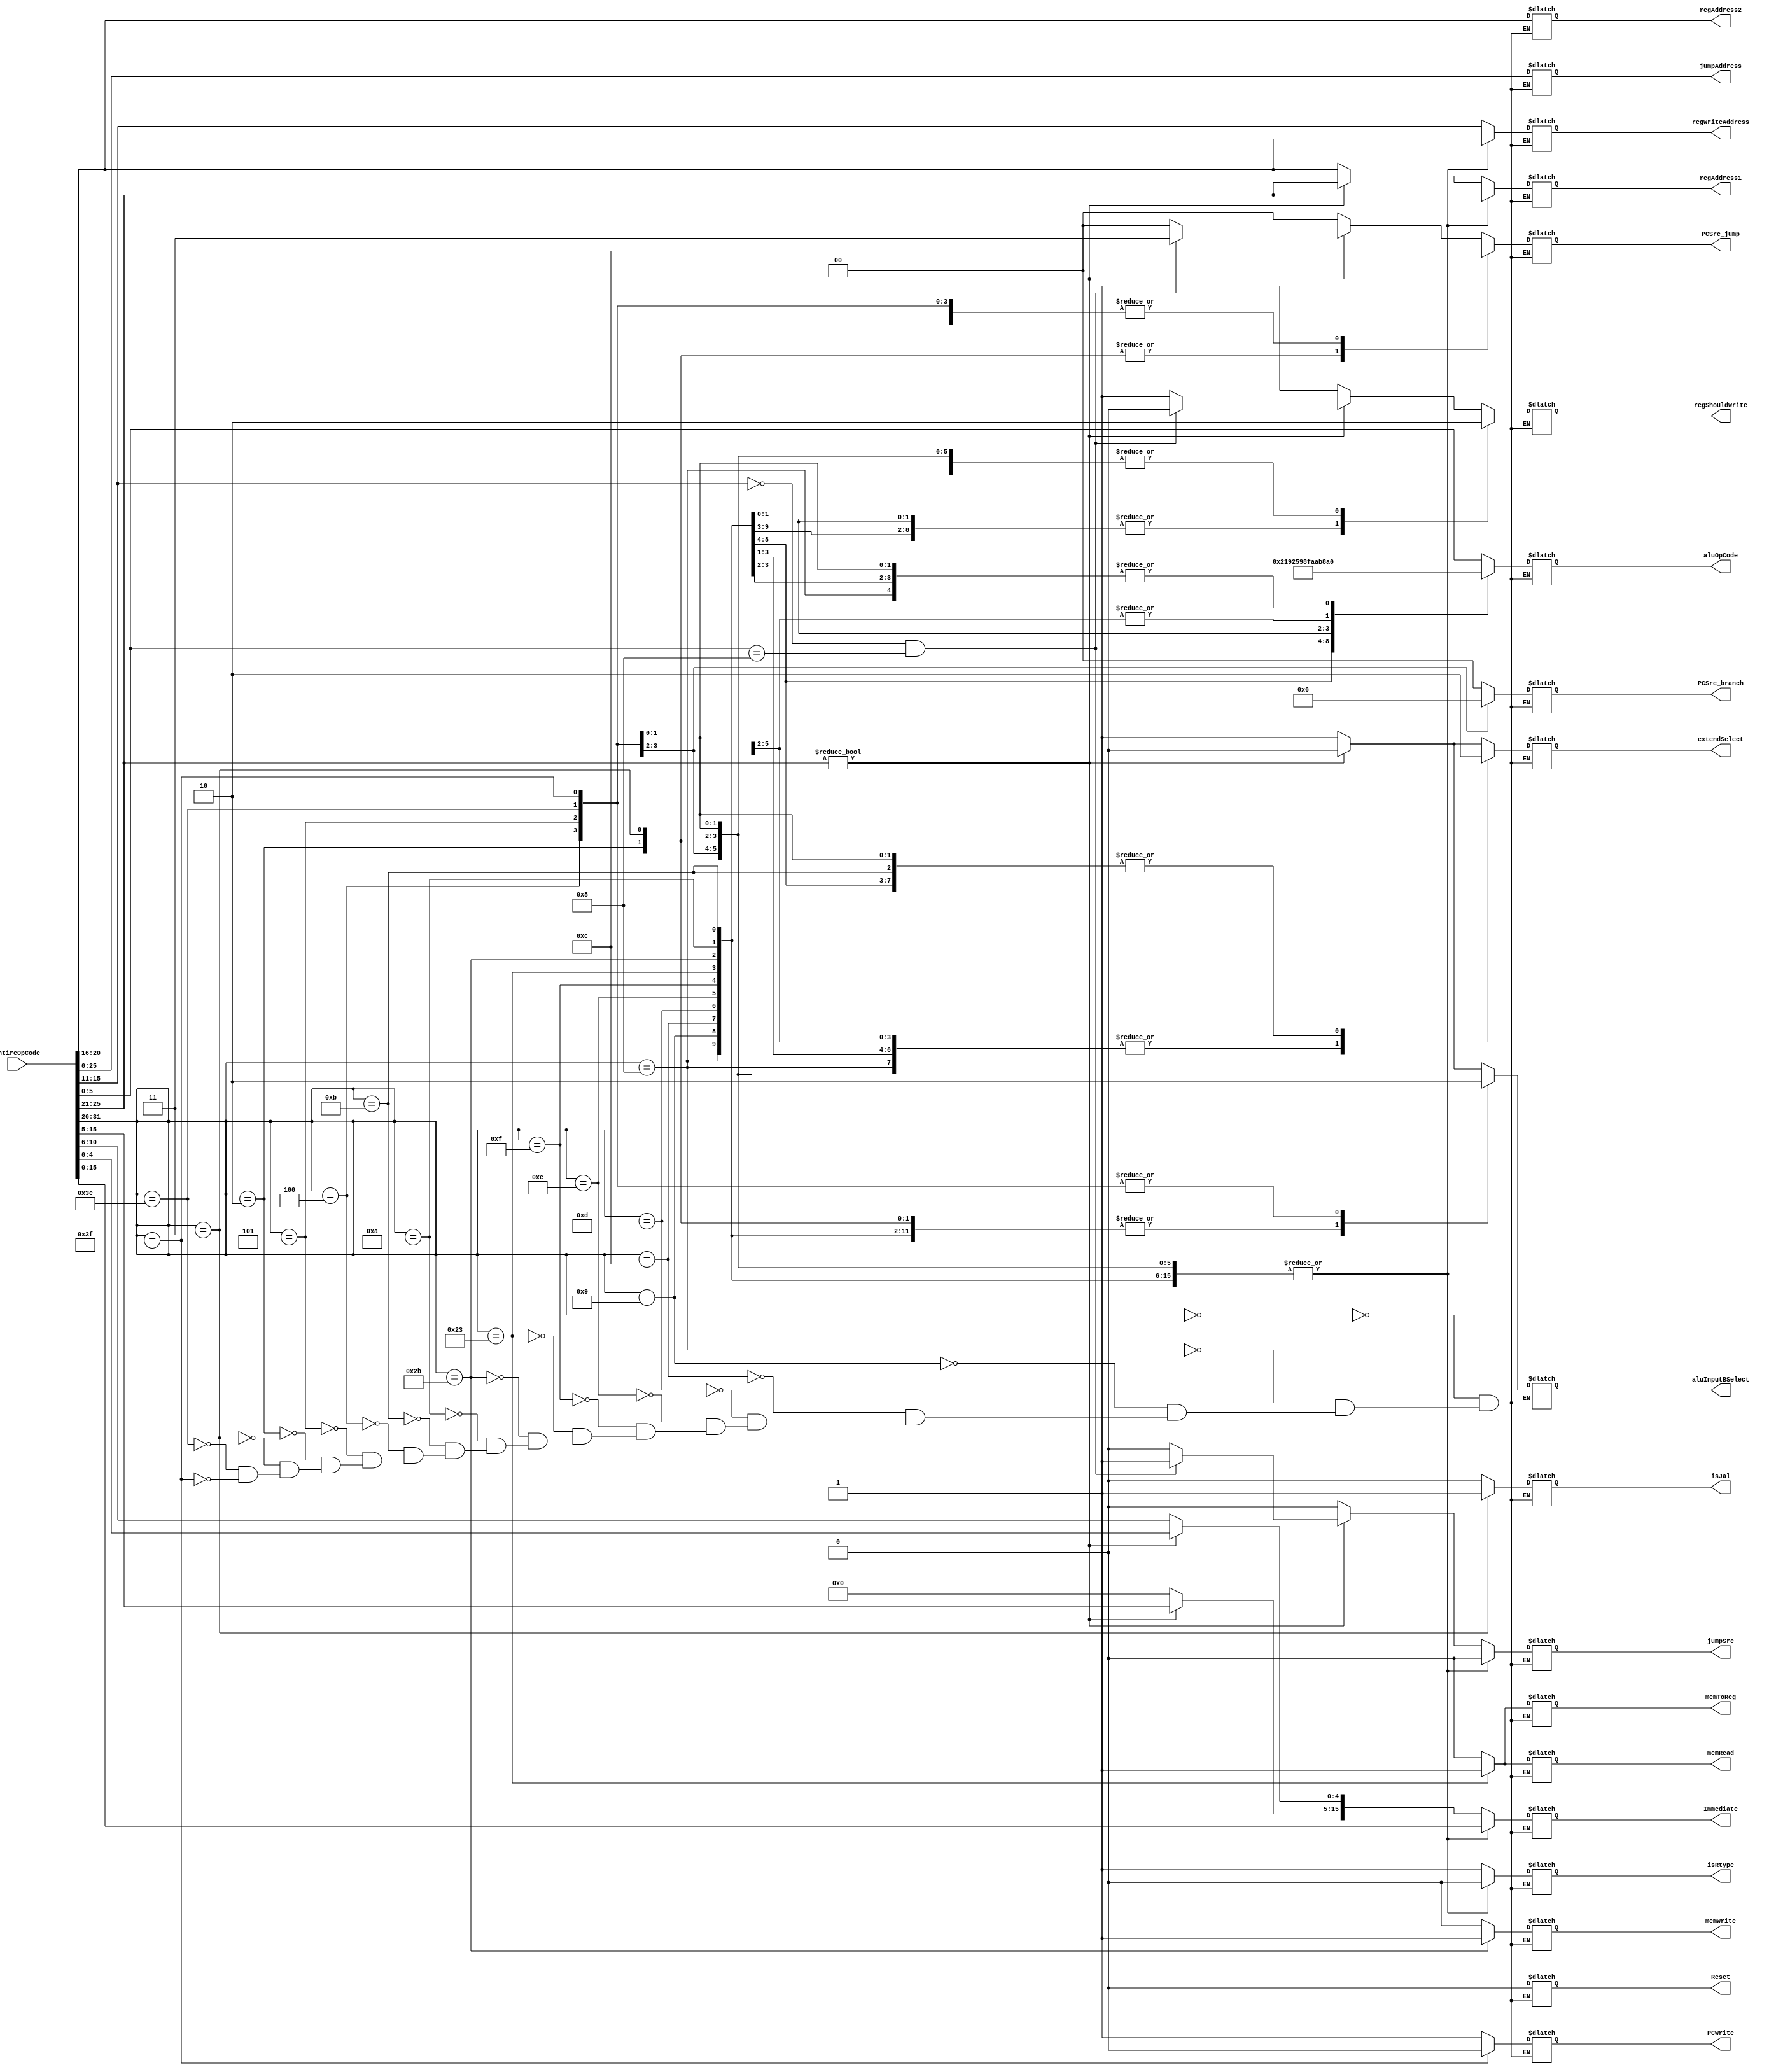
`timescale 1ns / 1ps
//////////////////////////////////////////////////////////////////////////////////
// Company: 
// Engineer: 
// 
// Design Name: 
// Module Name:    ControlUnit 
// Project Name: 
// Target Devices: 
// Tool versions: 
// Description: 
//
// Dependencies: 
//
// Revision: 
// Revision 0.01 - File Created
// Additional Comments: 
//
//////////////////////////////////////////////////////////////////////////////////
module ControlUnit(
    input [32:1] entireOpCode,
    output reg  Reset,PCWrite,
                regShouldWrite,
                aluInputBSelect,
                memWrite,memRead,memToReg,
                extendSelect,
                jumpSrc,isRtype,isJal,
    output reg [5:1]    regAddress1,regAddress2,regWriteAddress,
    output reg [6:1]    aluOpCode,
    output reg [16:1]   Immediate,
                        
    output reg [26:1]   jumpAddress,
    output reg [2:1]    PCSrc_jump,PCSrc_branch
    );

    parameter
        R_Type = 6'b000000,

        addi = 6'b001000,
        addiu = 6'b001001,
        andi = 6'b001100,
        ori = 6'b001101,
        xori = 6'b001110,
        lui = 6'b001111,
        slti = 6'b001010,
        sltiu = 6'b001011,


        beq = 6'b000100,
        bne = 6'b000101,
        j = 6'b000010,
        jal = 6'b000011,

        lw = 6'b100011,
        sw = 6'b101011,

        nop = 6'b111110,
        stop = 6'b111111
    ;


    //To R_Type:If the addresses of $ rs and $ rt are the same, and the previous or the first two are addi, the address assigned by addi is the same as $ rs, then add 2 or 1 nop instruction before ADD (corresponding to the previous)
    always @(entireOpCode)begin
        case(entireOpCode[32:27])
            R_Type:begin
            if(entireOpCode[26:22]!=0)begin
                if(entireOpCode[16:12]==0&&entireOpCode[6:1]==6'b001000)begin //jr
                Reset = 0;
                isRtype = 1;
                isJal = 0;
                PCWrite = 1;
                PCSrc_jump = 2'b11;//PCSrc_jump_jump
                PCSrc_branch = 2'b00;

                regShouldWrite = 0;
                regAddress1 = entireOpCode[26:22];
                regAddress2 = entireOpCode[21:17];
                regWriteAddress = entireOpCode[16:12];

                aluInputBSelect = 0;
                aluOpCode = entireOpCode[6:1];

                Immediate = entireOpCode[16:1];
                extendSelect = 0;

                jumpAddress = entireOpCode [26:1];
                jumpSrc = 1;

                memWrite = 0;
                memRead = 0;
                memToReg = 0;
                end

                else begin
                Reset = 0;
                isRtype = 1;
                isJal = 0;
                PCWrite = 1;
                PCSrc_jump = 2'b00;
                PCSrc_branch = 2'b00;

                regShouldWrite = 1;
                regAddress1 = entireOpCode[26:22];
                regAddress2 = entireOpCode[21:17];
                regWriteAddress = entireOpCode[16:12];

                aluInputBSelect = 0;
                aluOpCode = entireOpCode[6:1];

                Immediate = entireOpCode[16:1];
                extendSelect = 0;

                jumpAddress = entireOpCode [26:1];
                jumpSrc = 0;

                memWrite = 0;
                memRead = 0;
                memToReg = 0;
                end
            end
            else begin
                Reset = 0;
                isRtype = 1;
                isJal = 0;
                PCWrite = 1;
                PCSrc_jump = 2'b00;
                PCSrc_branch = 2'b00;

                regShouldWrite = 1;
                regAddress1 = entireOpCode[21:17];
                regAddress2 = entireOpCode[21:17];
                regWriteAddress = entireOpCode[16:12];

                aluInputBSelect = 1;
                aluOpCode = entireOpCode[6:1];

                Immediate[16:6] = 11'b0;
                Immediate[5:1] = entireOpCode[11:7];
                extendSelect = 1;

                jumpAddress = entireOpCode [26:1];
                jumpSrc = 0;

                memWrite = 0;
                memRead = 0;
                memToReg = 0;
                end
            end

            addi:begin
                Reset = 0;
                isRtype = 0;
                isJal = 0;
                PCWrite = 1;
                PCSrc_jump = 2'b00;
                PCSrc_branch = 2'b00;

                regShouldWrite = 1;
                regAddress1 = entireOpCode[26:22];
                regAddress2 = entireOpCode[21:17];
                regWriteAddress = entireOpCode[21:17];

                aluInputBSelect = 1;
                aluOpCode = 6'b100000;

                Immediate = entireOpCode[16:1];
                extendSelect = 1;

                jumpAddress = entireOpCode [26:1];
                jumpSrc = 0;

                memWrite = 0;
                memRead = 0;
                memToReg = 0;
            end

            addiu:begin
                Reset = 0;
                isRtype = 0;
                isJal = 0;
                PCWrite = 1;
                PCSrc_jump = 2'b00;
                PCSrc_branch = 2'b00;

                regShouldWrite = 1;
                regAddress1 = entireOpCode[26:22];
                regAddress2 = entireOpCode[21:17];
                regWriteAddress = entireOpCode[21:17];

                aluInputBSelect = 1;
                aluOpCode = 6'b100001;

                Immediate = entireOpCode[16:1];
                extendSelect = 0;

                jumpAddress = entireOpCode [26:1];
                jumpSrc = 0;

                memWrite = 0;
                memRead = 0;
                memToReg = 0;
            end

            andi:begin
                Reset = 0;
                isRtype = 0;
                isJal = 0;
                PCWrite = 1;
                PCSrc_jump = 2'b00;
                PCSrc_branch = 2'b00;

                regShouldWrite = 1;
                regAddress1 = entireOpCode[26:22];
                regAddress2 = entireOpCode[21:17];
                regWriteAddress = entireOpCode[21:17];

                aluInputBSelect = 1;
                aluOpCode = 6'b100100;

                Immediate = entireOpCode[16:1];
                extendSelect = 0;

                jumpAddress = entireOpCode [26:1];
                jumpSrc = 0;

                memWrite = 0;
                memRead = 0;
                memToReg = 0;
            end

            ori:begin
                Reset = 0;
                isRtype = 0;
                isJal = 0;
                PCWrite = 1;
                PCSrc_jump = 2'b00;
                PCSrc_branch = 2'b00;

                regShouldWrite = 1;
                regAddress1 = entireOpCode[26:22];
                regAddress2 = entireOpCode[21:17];
                regWriteAddress = entireOpCode[21:17];

                aluInputBSelect = 1;
                aluOpCode = 6'b100101;

                Immediate = entireOpCode[16:1];
                extendSelect = 0;

                jumpAddress = entireOpCode [26:1];
                jumpSrc = 0;

                memWrite = 0;
                memRead = 0;
                memToReg = 0;
            end

            xori:begin
                Reset = 0;
                isRtype = 0;
                isJal = 0;
                PCWrite = 1;
                PCSrc_jump = 2'b00;
                PCSrc_branch = 2'b00;

                regShouldWrite = 1;
                regAddress1 = entireOpCode[26:22];
                regAddress2 = entireOpCode[21:17];
                regWriteAddress = entireOpCode[21:17];

                aluInputBSelect = 1;
                aluOpCode = 6'b100110;

                Immediate = entireOpCode[16:1];
                extendSelect = 0;

                jumpAddress = entireOpCode [26:1];
                jumpSrc = 0;

                memWrite = 0;
                memRead = 0;
                memToReg = 0;
            end

            lui:begin
                Reset = 0;
                isRtype = 0;
                isJal = 0;
                PCWrite = 1;
                PCSrc_jump = 2'b00;
                PCSrc_branch = 2'b00;

                regShouldWrite = 1;
                regAddress1 = entireOpCode[26:22];
                regAddress2 = entireOpCode[21:17];
                regWriteAddress = entireOpCode[21:17];

                aluInputBSelect = 1;
                aluOpCode = 6'b001111;

                Immediate = entireOpCode[16:1];
                extendSelect = 0;

                jumpAddress = entireOpCode [26:1];
                jumpSrc = 0;

                memWrite = 0;
                memRead = 0;
                memToReg = 0;
            end

            lw:begin
                Reset = 0;
                isRtype = 0;
                isJal = 0;
                PCWrite = 1;
                PCSrc_jump = 2'b00;
                PCSrc_branch = 2'b00;

                regShouldWrite = 1;
                regAddress1 = entireOpCode[26:22];
                regAddress2 = entireOpCode[21:17];
                regWriteAddress = entireOpCode[21:17];

                aluInputBSelect = 1;
                aluOpCode = 6'b100000;

                Immediate = entireOpCode[16:1];
                extendSelect = 1;

                jumpAddress = entireOpCode [26:1];
                jumpSrc = 0;

                memWrite = 0;
                memRead = 1;
                memToReg = 1;
            end

            sw:begin
                Reset = 0;
                isRtype = 0;
                isJal = 0;
                PCWrite = 1;
                PCSrc_jump = 2'b00;
                PCSrc_branch = 2'b00;

                regShouldWrite = 0;
                regAddress1 = entireOpCode[26:22];
                regAddress2 = entireOpCode[21:17];
                regWriteAddress = entireOpCode[21:17];

                aluInputBSelect = 1;
                aluOpCode = 6'b100000;

                Immediate = entireOpCode[16:1];
                extendSelect = 1;

                jumpAddress = entireOpCode [26:1];
                jumpSrc = 0;

                memWrite = 1;
                memRead = 0;
                memToReg = 0;
            end

            slti:begin
                Reset = 0;
                isRtype = 0;
                isJal = 0;
                PCWrite = 1;
                PCSrc_jump = 2'b00;
                PCSrc_branch = 2'b00;

                regShouldWrite = 1;
                regAddress1 = entireOpCode[26:22];
                regAddress2 = entireOpCode[21:17];
                regWriteAddress = entireOpCode[21:17];

                aluInputBSelect = 1;
                aluOpCode = 6'b101010;

                Immediate = entireOpCode[16:1];
                extendSelect = 1;

                jumpAddress = entireOpCode [26:1];
                jumpSrc = 0;

                memWrite = 0;
                memRead = 0;
                memToReg = 0;
            end

            sltiu:begin
                Reset = 0;
                isRtype = 0;
                isJal = 0;
                PCWrite = 1;
                PCSrc_jump = 2'b00;
                PCSrc_branch = 2'b00;

                regShouldWrite = 1;
                regAddress1 = entireOpCode[26:22];
                regAddress2 = entireOpCode[21:17];
                regWriteAddress = entireOpCode[21:17];

                aluInputBSelect = 1;
                aluOpCode = 6'b101011;

                Immediate = entireOpCode[16:1];
                extendSelect = 0;

                jumpAddress = entireOpCode [26:1];
                jumpSrc = 0;

                memWrite = 0;
                memRead = 0;
                memToReg = 0;
            end

            beq:begin
                Reset = 0;
                isRtype = 0;
                isJal = 0;
                PCWrite = 1;
                PCSrc_jump = 2'b00;
                PCSrc_branch = 2'b01;

                regShouldWrite = 0;
                regAddress1 = entireOpCode[26:22];
                regAddress2 = entireOpCode[21:17];
                regWriteAddress = entireOpCode[21:17];

                aluInputBSelect = 0;
                aluOpCode = 6'b100010;

                Immediate = entireOpCode[16:1];
                extendSelect = 1;

                jumpAddress = entireOpCode [26:1];
                jumpSrc = 0;

                memWrite = 0;
                memRead = 0;
                memToReg = 0;
            end

            bne:begin   //the entire opCode should put the bigger one on $rs.
                Reset = 0;
                isRtype = 0;
                isJal = 0;
                PCWrite = 1;
                PCSrc_jump = 2'b00;
                PCSrc_branch = 2'b10;

                regShouldWrite = 0;
                regAddress1 = entireOpCode[26:22];
                regAddress2 = entireOpCode[21:17];
                regWriteAddress = entireOpCode[21:17];

                aluInputBSelect = 0;
                aluOpCode = 6'b100010;

                Immediate = entireOpCode[16:1];
                extendSelect = 1;

                jumpAddress = entireOpCode [26:1];
                jumpSrc = 0;

                memWrite = 0;
                memRead = 0;
                memToReg = 0;
            end

            j:begin
                Reset = 0;
                isRtype = 0;
                isJal = 0;
                PCWrite = 1;
                PCSrc_jump = 2'b11;
                PCSrc_branch = 2'b00;

                regShouldWrite = 0;
                regAddress1 = entireOpCode[26:22];
                regAddress2 = entireOpCode[21:17];
                regWriteAddress = entireOpCode[21:17];

                aluInputBSelect = 1;
                aluOpCode = 6'b100010;

                Immediate = entireOpCode[16:1];
                extendSelect = 1;

                jumpAddress = entireOpCode [26:1];
                jumpSrc = 0;

                memWrite = 0;
                memRead = 0;
                memToReg = 0;
            end

            jal:begin
                Reset = 0;
                isRtype = 0;
                isJal = 1;
                PCWrite = 1;
                PCSrc_jump = 2'b11;
                PCSrc_branch = 2'b00;

                regShouldWrite = 0;
                regAddress1 = entireOpCode[26:22];
                regAddress2 = entireOpCode[21:17];
                regWriteAddress = entireOpCode[21:17];

                aluInputBSelect = 1;
                aluOpCode = 6'b100010;

                Immediate = entireOpCode[16:1];
                extendSelect = 1;

                jumpAddress = entireOpCode [26:1];
                jumpSrc = 0;

                memWrite = 0;
                memRead = 0;
                memToReg = 0;
            end

            sw:begin
                Reset = 0;
                isRtype = 0;
                isJal = 0;
                PCWrite = 1;
                PCSrc_jump = 2'b00;
                PCSrc_branch = 2'b00;

                regShouldWrite = 0;
                regAddress1 = entireOpCode[26:22];
                regAddress2 = entireOpCode[21:17];
                regWriteAddress = entireOpCode[21:17];

                aluInputBSelect = 1;
                aluOpCode = 6'b100000;

                Immediate = entireOpCode[16:1];
                extendSelect = 1;

                jumpAddress = entireOpCode [26:1];
                jumpSrc = 0;

                memWrite = 1;
                memRead = 0;
                memToReg = 0;
            end

            lw:begin
                Reset = 0;
                isRtype = 0;
                isJal = 0;
                PCWrite = 1;
                PCSrc_jump = 2'b00;
                PCSrc_branch = 2'b00;

                regShouldWrite = 1;
                regAddress1 = entireOpCode[26:22];
                regAddress2 = entireOpCode[21:17];
                regWriteAddress = entireOpCode[21:17];

                aluInputBSelect = 1;
                aluOpCode = 6'b100000;

                Immediate = entireOpCode[16:1];
                extendSelect = 1;

                jumpAddress = entireOpCode [26:1];
                jumpSrc = 0;

                memWrite = 0;
                memRead = 1;
                memToReg = 1;
            end

            

            nop:begin
                Reset = 0;
                isRtype = 0;
                isJal = 0;
                PCWrite = 1;
                PCSrc_jump = 2'b00;
                PCSrc_branch = 2'b00;

                regShouldWrite = 0;
                regAddress1 = entireOpCode[26:22];
                regAddress2 = entireOpCode[21:17];
                regWriteAddress = entireOpCode[21:17];

                aluInputBSelect = 0;
                aluOpCode = 6'b100000;

                Immediate = entireOpCode[16:1];
                extendSelect = 0;

                jumpAddress = entireOpCode [26:1];
                jumpSrc = 0;

                memWrite = 0;
                memRead = 0;
                memToReg = 0;
            end
            stop:begin
                Reset = 0;
                isRtype = 0;
                isJal = 0;
                PCWrite = 0;
                PCSrc_jump = 2'b00;
                PCSrc_branch = 2'b00;

                regShouldWrite = 0;
                regAddress1 = entireOpCode[26:22];
                regAddress2 = entireOpCode[21:17];
                regWriteAddress = entireOpCode[21:17];

                aluInputBSelect = 0;
                aluOpCode = 6'b100000;

                Immediate = entireOpCode[16:1];
                extendSelect = 0;

                jumpAddress = entireOpCode [26:1];
                jumpSrc = 0;

                memWrite = 0;
                memRead = 0;
                memToReg = 0;
            end





            default:begin
                $display($time ,"no match entireOpCode.");
            end

        endcase
    end

endmodule